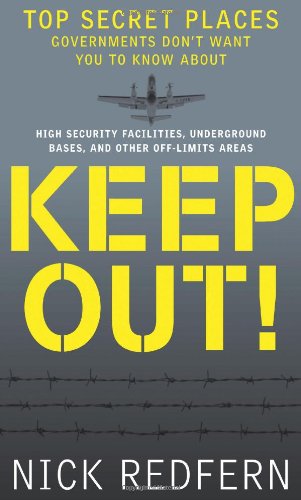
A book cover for Keep Out!: Top Secret Places Governments Don't Want You to Know About; Nick Redfern; Engineering & Transportation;